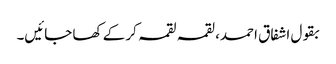
بقول اشفاق احمد، لقمہ لقمہ کر کے کھا جائیں۔